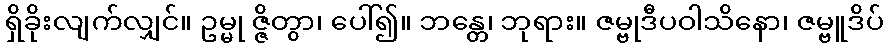
ရှိခိုးလျက်လျှင်။ ဥမ္မု ဇ္ဇိတွာ၊ ပေါ်၍။ ဘန္တေ၊ ဘုရား။ ဇမ္ဗုဒီပဝါသိနော၊ ဇမ္ဗူဒိပ်